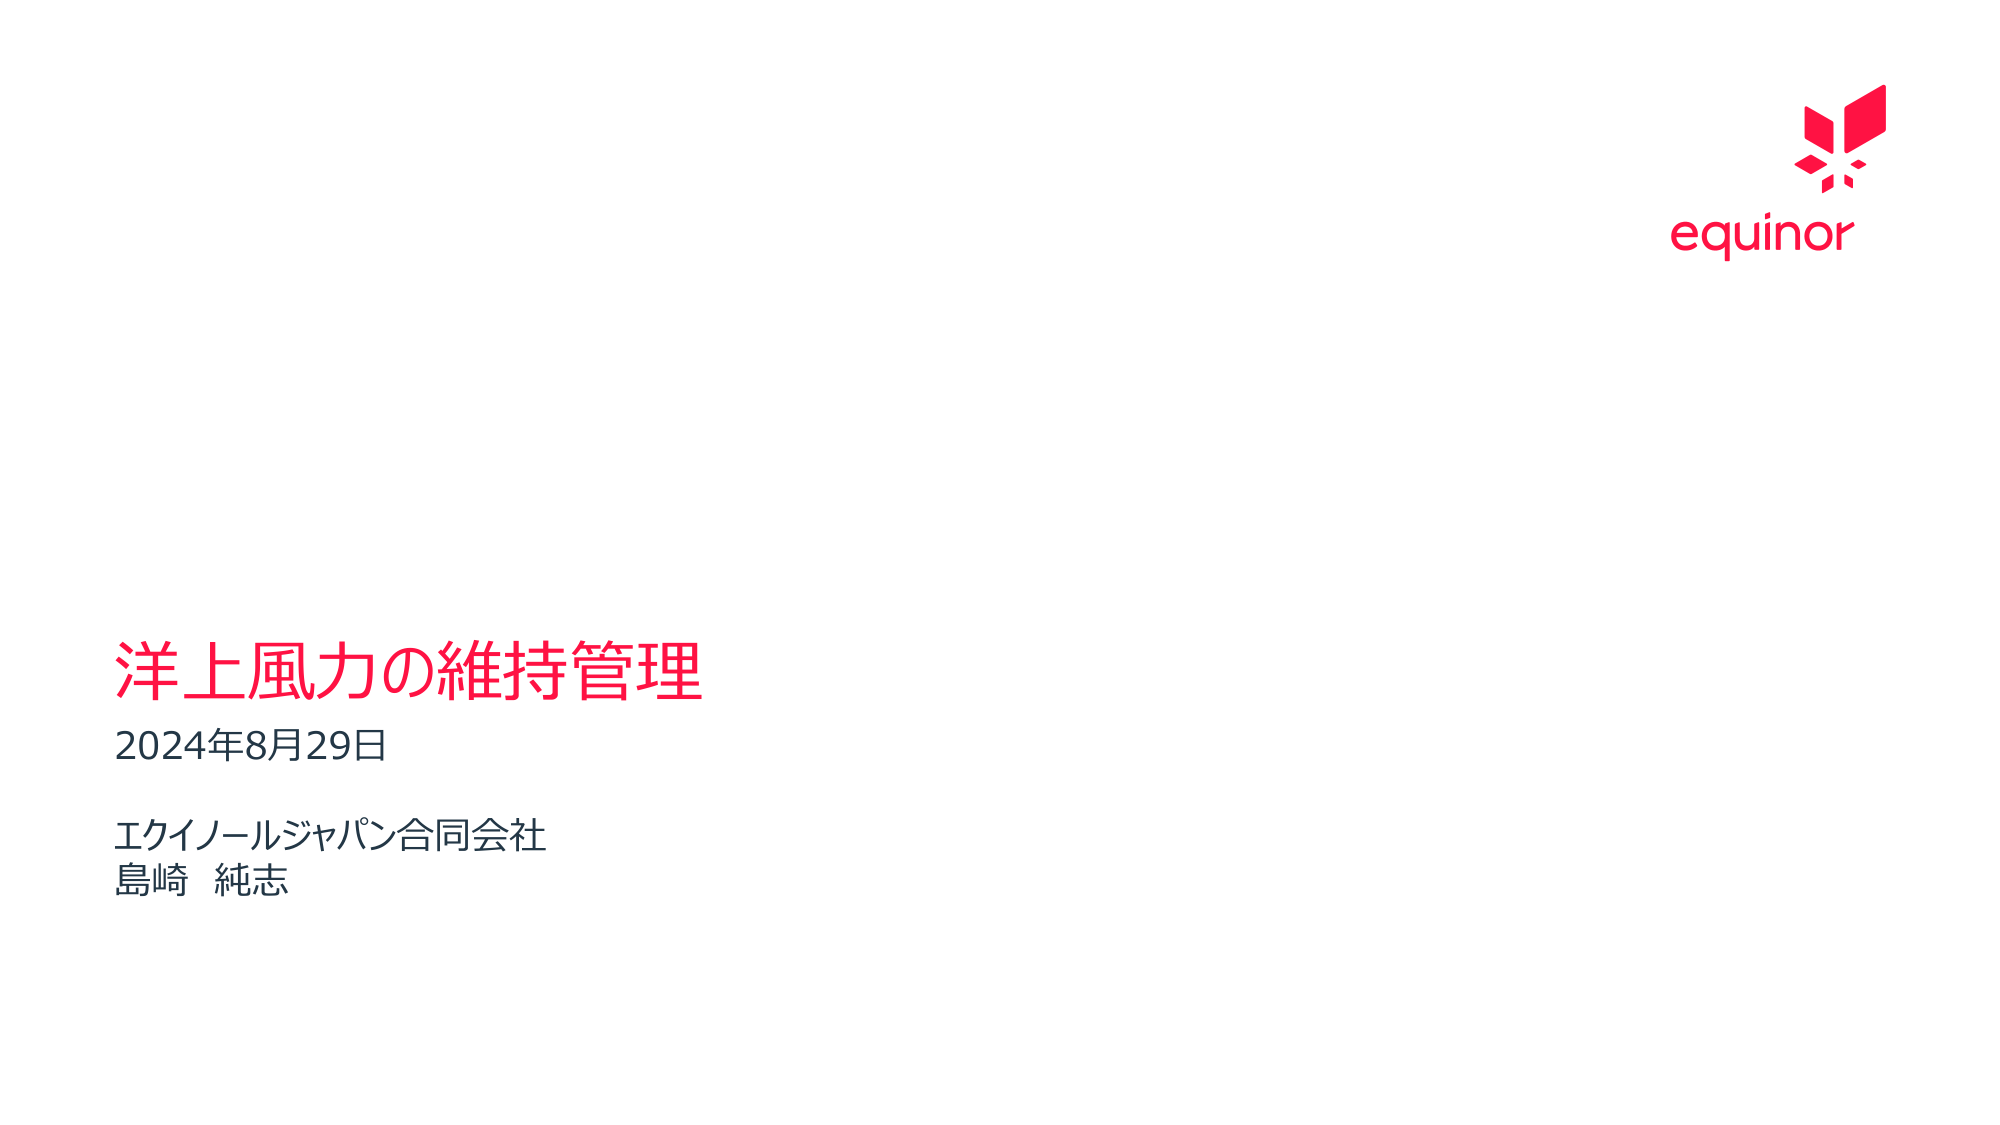
洋上風力の維持管理
2024年8月29日
エクイノールジャパン合同会社
島崎 純志
equinor